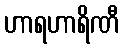
ဟာရဟာရိဏီ